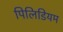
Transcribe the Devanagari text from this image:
पिलिडियम